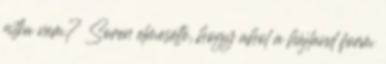
ritka nem? Soren elmesélte, hogy ahol a hájland form